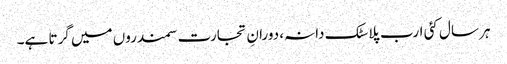
ہر سال کئی ارب پلاسٹک دانہ، دورانِ تجارت سمندروں میں گرتا ہے۔